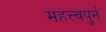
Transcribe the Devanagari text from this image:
महत्त्वपुर्न